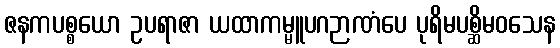
ဇနကပစ္စယော ဥပရာဇာ ယထာကမ္မူပဂဉာဏံပေ ပုရိမပစ္ဆိမဝသေန